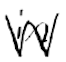
Text: in
Cross-out: zig-zag
Writing tool: digital_black